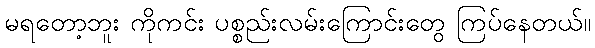
မရတော့ဘူး ကိုကင်း ပစ္စည်းလမ်းကြောင်းတွေ ကြပ်နေတယ်။